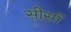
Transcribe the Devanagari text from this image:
सीसॉ